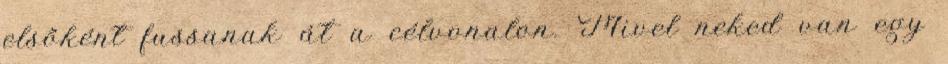
elsőként fussanak át a célvonalon. Mivel neked van egy